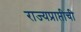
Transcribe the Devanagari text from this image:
राज्यप्राप्तीची